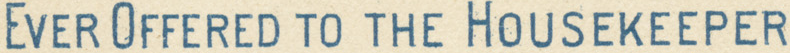
EVER OFFERED TO THE HOUSEKEEPER